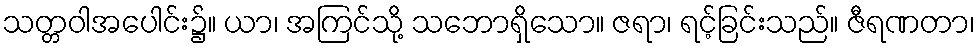
သတ္တဝါအပေါင်း၌။ ယာ၊ အကြင်သို့ သဘောရှိသော။ ဇရာ၊ ရင့်ခြင်းသည်။ ဇီရဏတာ၊